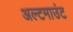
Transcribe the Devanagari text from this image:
अल्टमाउंट